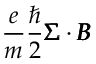
\frac { e } { m } \frac { \hbar } { 2 } \pmb { \Sigma } \cdot \pmb { B }